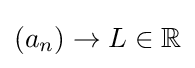
(a_{n})\to L\in \mathbb {R}